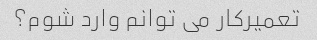
تعمیرکار می توانم وارد شوم؟